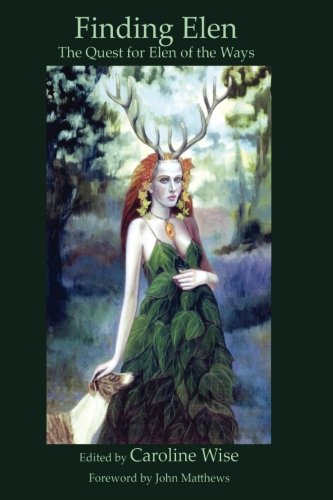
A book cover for Finding Elen: The Quest for Elen of the Ways; Caroline Wise; Religion & Spirituality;